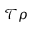
\mathcal { T } \rho